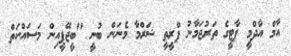
އާމް އާދްމީ ޕާޓީގެ ތަރުޖަމާނު ޕްރީތީ ޝަރްމާ މެނަން ބުނީ "ބީޖޭޕީއިން މަސައްކަތް